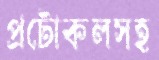
প্রটোকলসহ